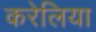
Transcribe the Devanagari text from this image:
करेलिया